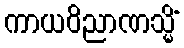
ကာယဝိညာဏသ္မိံ